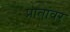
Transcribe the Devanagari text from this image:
प्रातांवर